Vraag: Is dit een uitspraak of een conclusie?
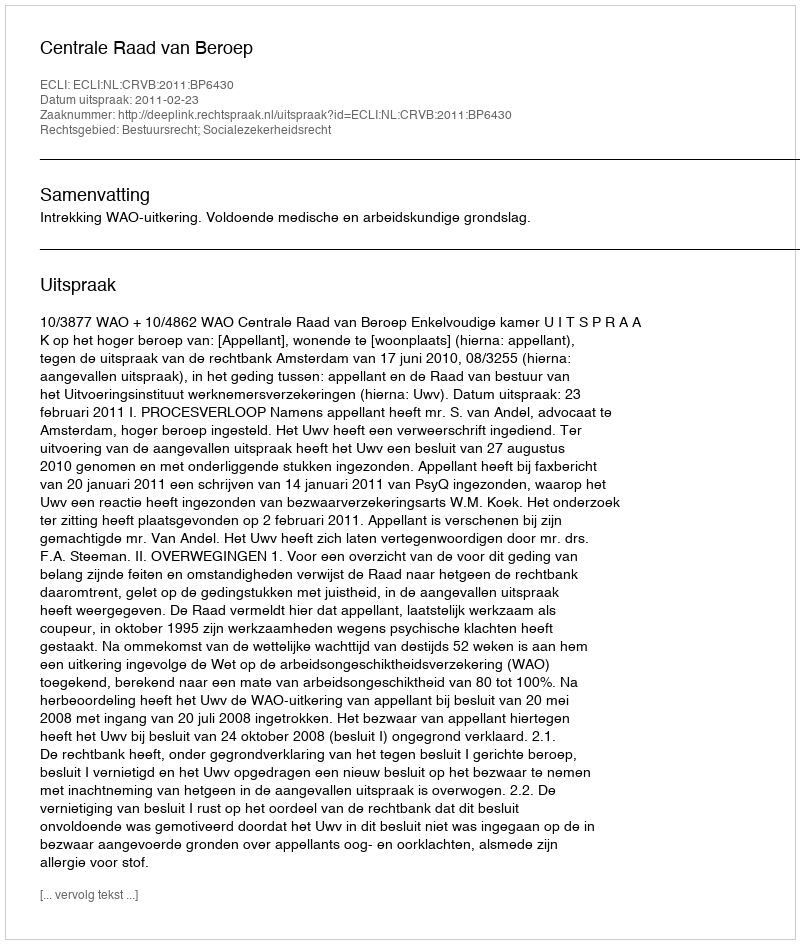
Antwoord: Uitspraak